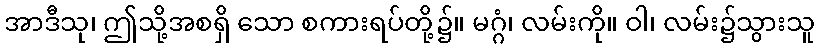
အာဒီသု၊ ဤသို့အစရှိ သော စကားရပ်တို့၌။ မဂ္ဂံ၊ လမ်းကို။ ဝါ၊ လမ်း၌သွားသူ